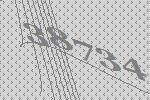
38734